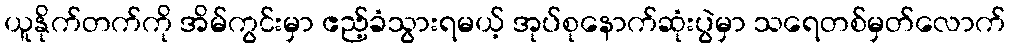
ယူနိုက်တက်ကို အိမ်ကွင်းမှာ ဧည့်ခံသွားရမယ့် အုပ်စုနောက်ဆုံးပွဲမှာ သရေတစ်မှတ်လောက်